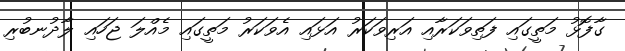
ގާފޮޅު މަތީގައި ފަތިވަކަރާއި އަރިވަކަރު އަޅައި އެވަކަރު މަތީގައި މެއްލަ ޖަހައި ލާދުނބުރި